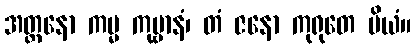
အတ္တနော ကမ္မ ကုဗ္ဗာနံ၊ တံ ဇနော ကုရုတေ ပိယံ။